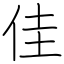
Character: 佳